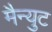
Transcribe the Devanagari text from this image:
मैन्युट